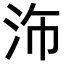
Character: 𪵴